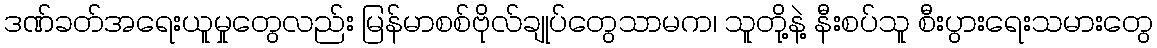
ဒဏ်ခတ်အရေးယူမှုတွေလည်း မြန်မာစစ်ဗိုလ်ချုပ်တွေသာမက၊ သူတို့နဲ့ နီးစပ်သူ စီးပွားရေးသမားတွေ